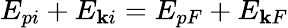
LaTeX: E_{pi}+E_{\mathbf{k}i}=E_{pF}+E_{\mathbf{k}F}